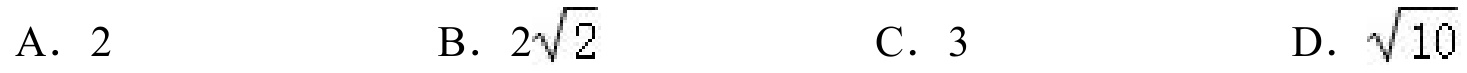
A. \(2\)
B. \(2\sqrt{2}\)
C. \(3\)
D. \(\sqrt{10}\)